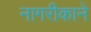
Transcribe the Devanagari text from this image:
नागरीकाने